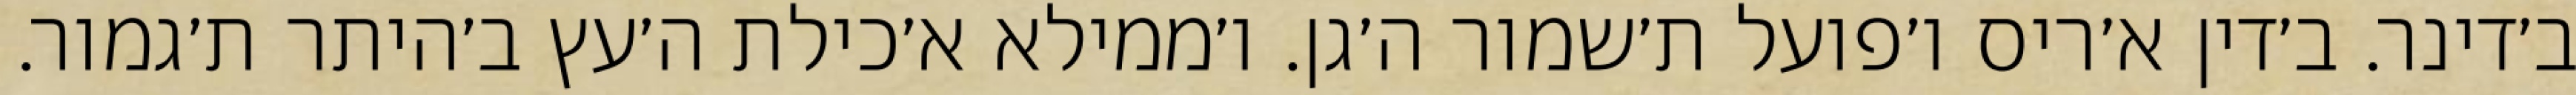
ב׳דינר. ב׳דין א׳ריס ו׳פועל ת׳שמור ה׳גן. ו׳ממילא א׳כילת ה׳עץ ב׳היתר ת׳גמור.